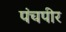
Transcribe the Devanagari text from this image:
पंचपीर